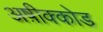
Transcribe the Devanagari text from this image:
अष़ीक्कोड